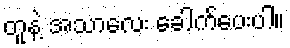
တူနဲ့ အသာလေး ခေါက်ပေးပါ။